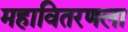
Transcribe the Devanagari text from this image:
महावितरणला